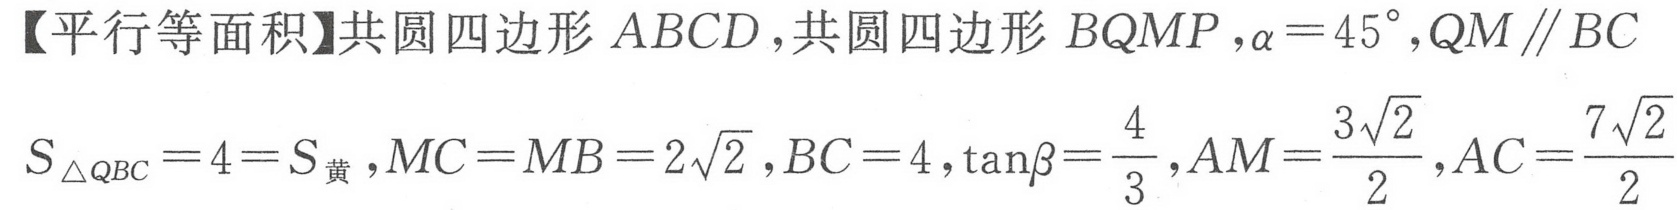
【平行等面积】共圆四边形 \(ABCD\)，共圆四边形 \(BQMP\)，\(\alpha = 45^{\circ}\)，\(QM\parallel BC\)
\(S_{\triangle QBC}=4 = S_{黄}\)，\(MC = MB = 2\sqrt{2}\)，\(BC = 4\)，\(\tan\beta=\frac{4}{3}\)，\(AM=\frac{3\sqrt{2}}{2}\)，\(AC=\frac{7\sqrt{2}}{2}\)